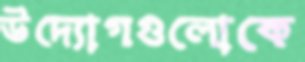
উদ্যোগগুলোকে